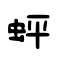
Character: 蚲